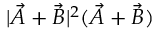
| \vec { A } + \vec { B } | ^ { 2 } ( \vec { A } + \vec { B } )